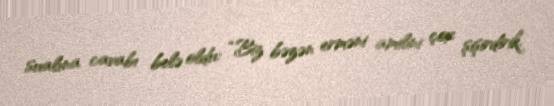
sualına cavabı belə oldu: “Biz bəzən erməni amilini çox şişirdirik.